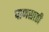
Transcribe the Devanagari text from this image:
पाणसाठी